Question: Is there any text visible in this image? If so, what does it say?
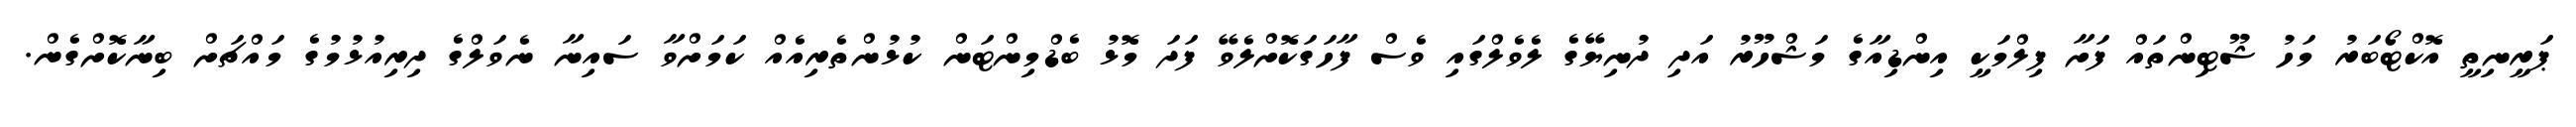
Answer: ޕަރީނިތީ އޮކްޓޯބަރު މަހު ޝޫޓިންތައް ފަށާ ފިލްމަކީ އިންޑިއާގެ މަޝްހޫރު އަދި ދުނިޔޭގެ ލެވެލްގައި ވެސް ފާހަގަކޮށްލެވޭ ފަދަ މޮޅު ބެޑްމިންޓަން ކުޅުންތެރިއެއް ކަމަށްވާ ސައިނާ ނެވަލްގެ ދިރިއުޅުމުގެ މައްޗަށް ބިނާކޮށްގެން.